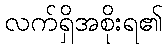
လက်ရှိအစိုးရ၏